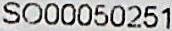
SO00050251